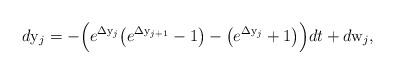
LaTeX: \begin{align*}d{\mathrm y}_j = - \Big ( e^{\Delta{\mathrm y}_j}\big ( e^{\Delta{\mathrm y}_{j+1}} -1\big ) - \big (e^{\Delta{\mathrm y}_{j}} +1\big ) \Big ) dt+ d{\mathrm w}_j, \end{align*}